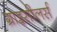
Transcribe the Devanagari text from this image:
ग्राइसीलर्स